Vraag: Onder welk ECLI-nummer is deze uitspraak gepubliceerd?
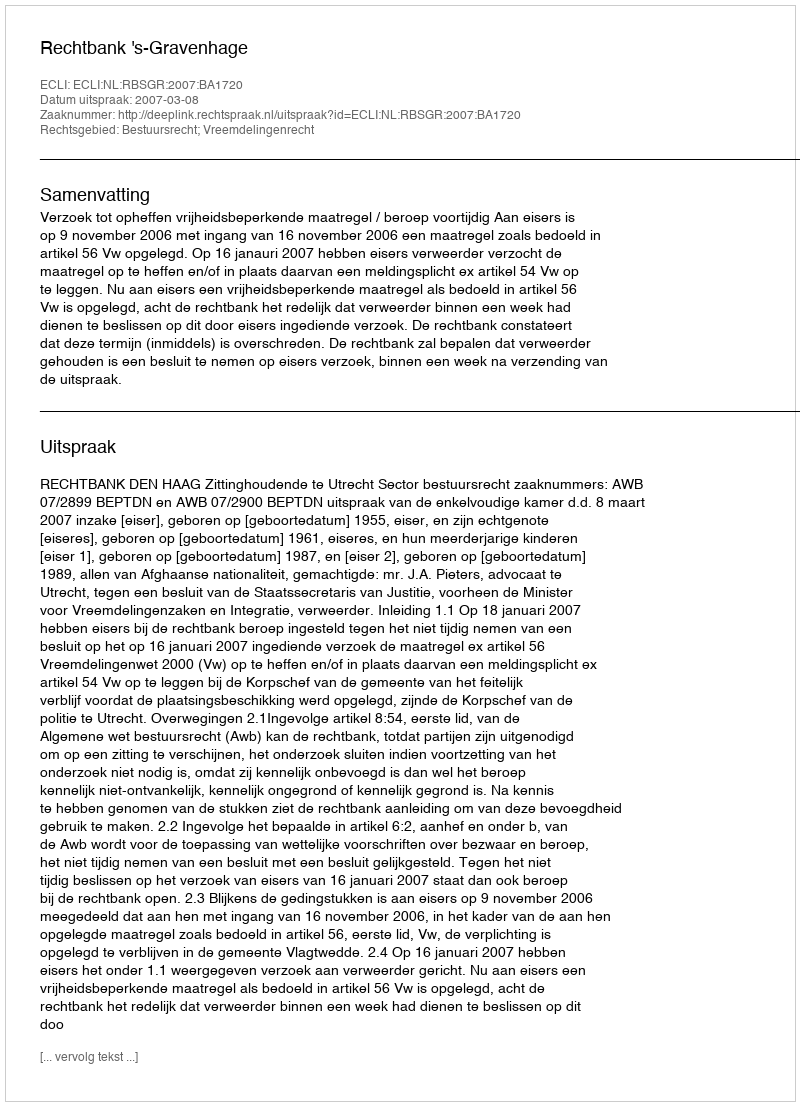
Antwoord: ECLI:NL:RBSGR:2007:BA1720